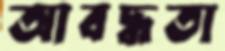
আবদ্ধতা